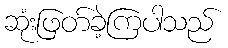
ဆုံးဖြတ်ခဲ့ကြပါသည်